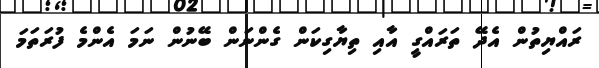
ރައްޔިތުން އެދޭ ތަރައްގީ އާއި ތިޔާގިކަން ގެންނަން ބޭނުން ނަމަ އެންމެ ފުރަތަމަ